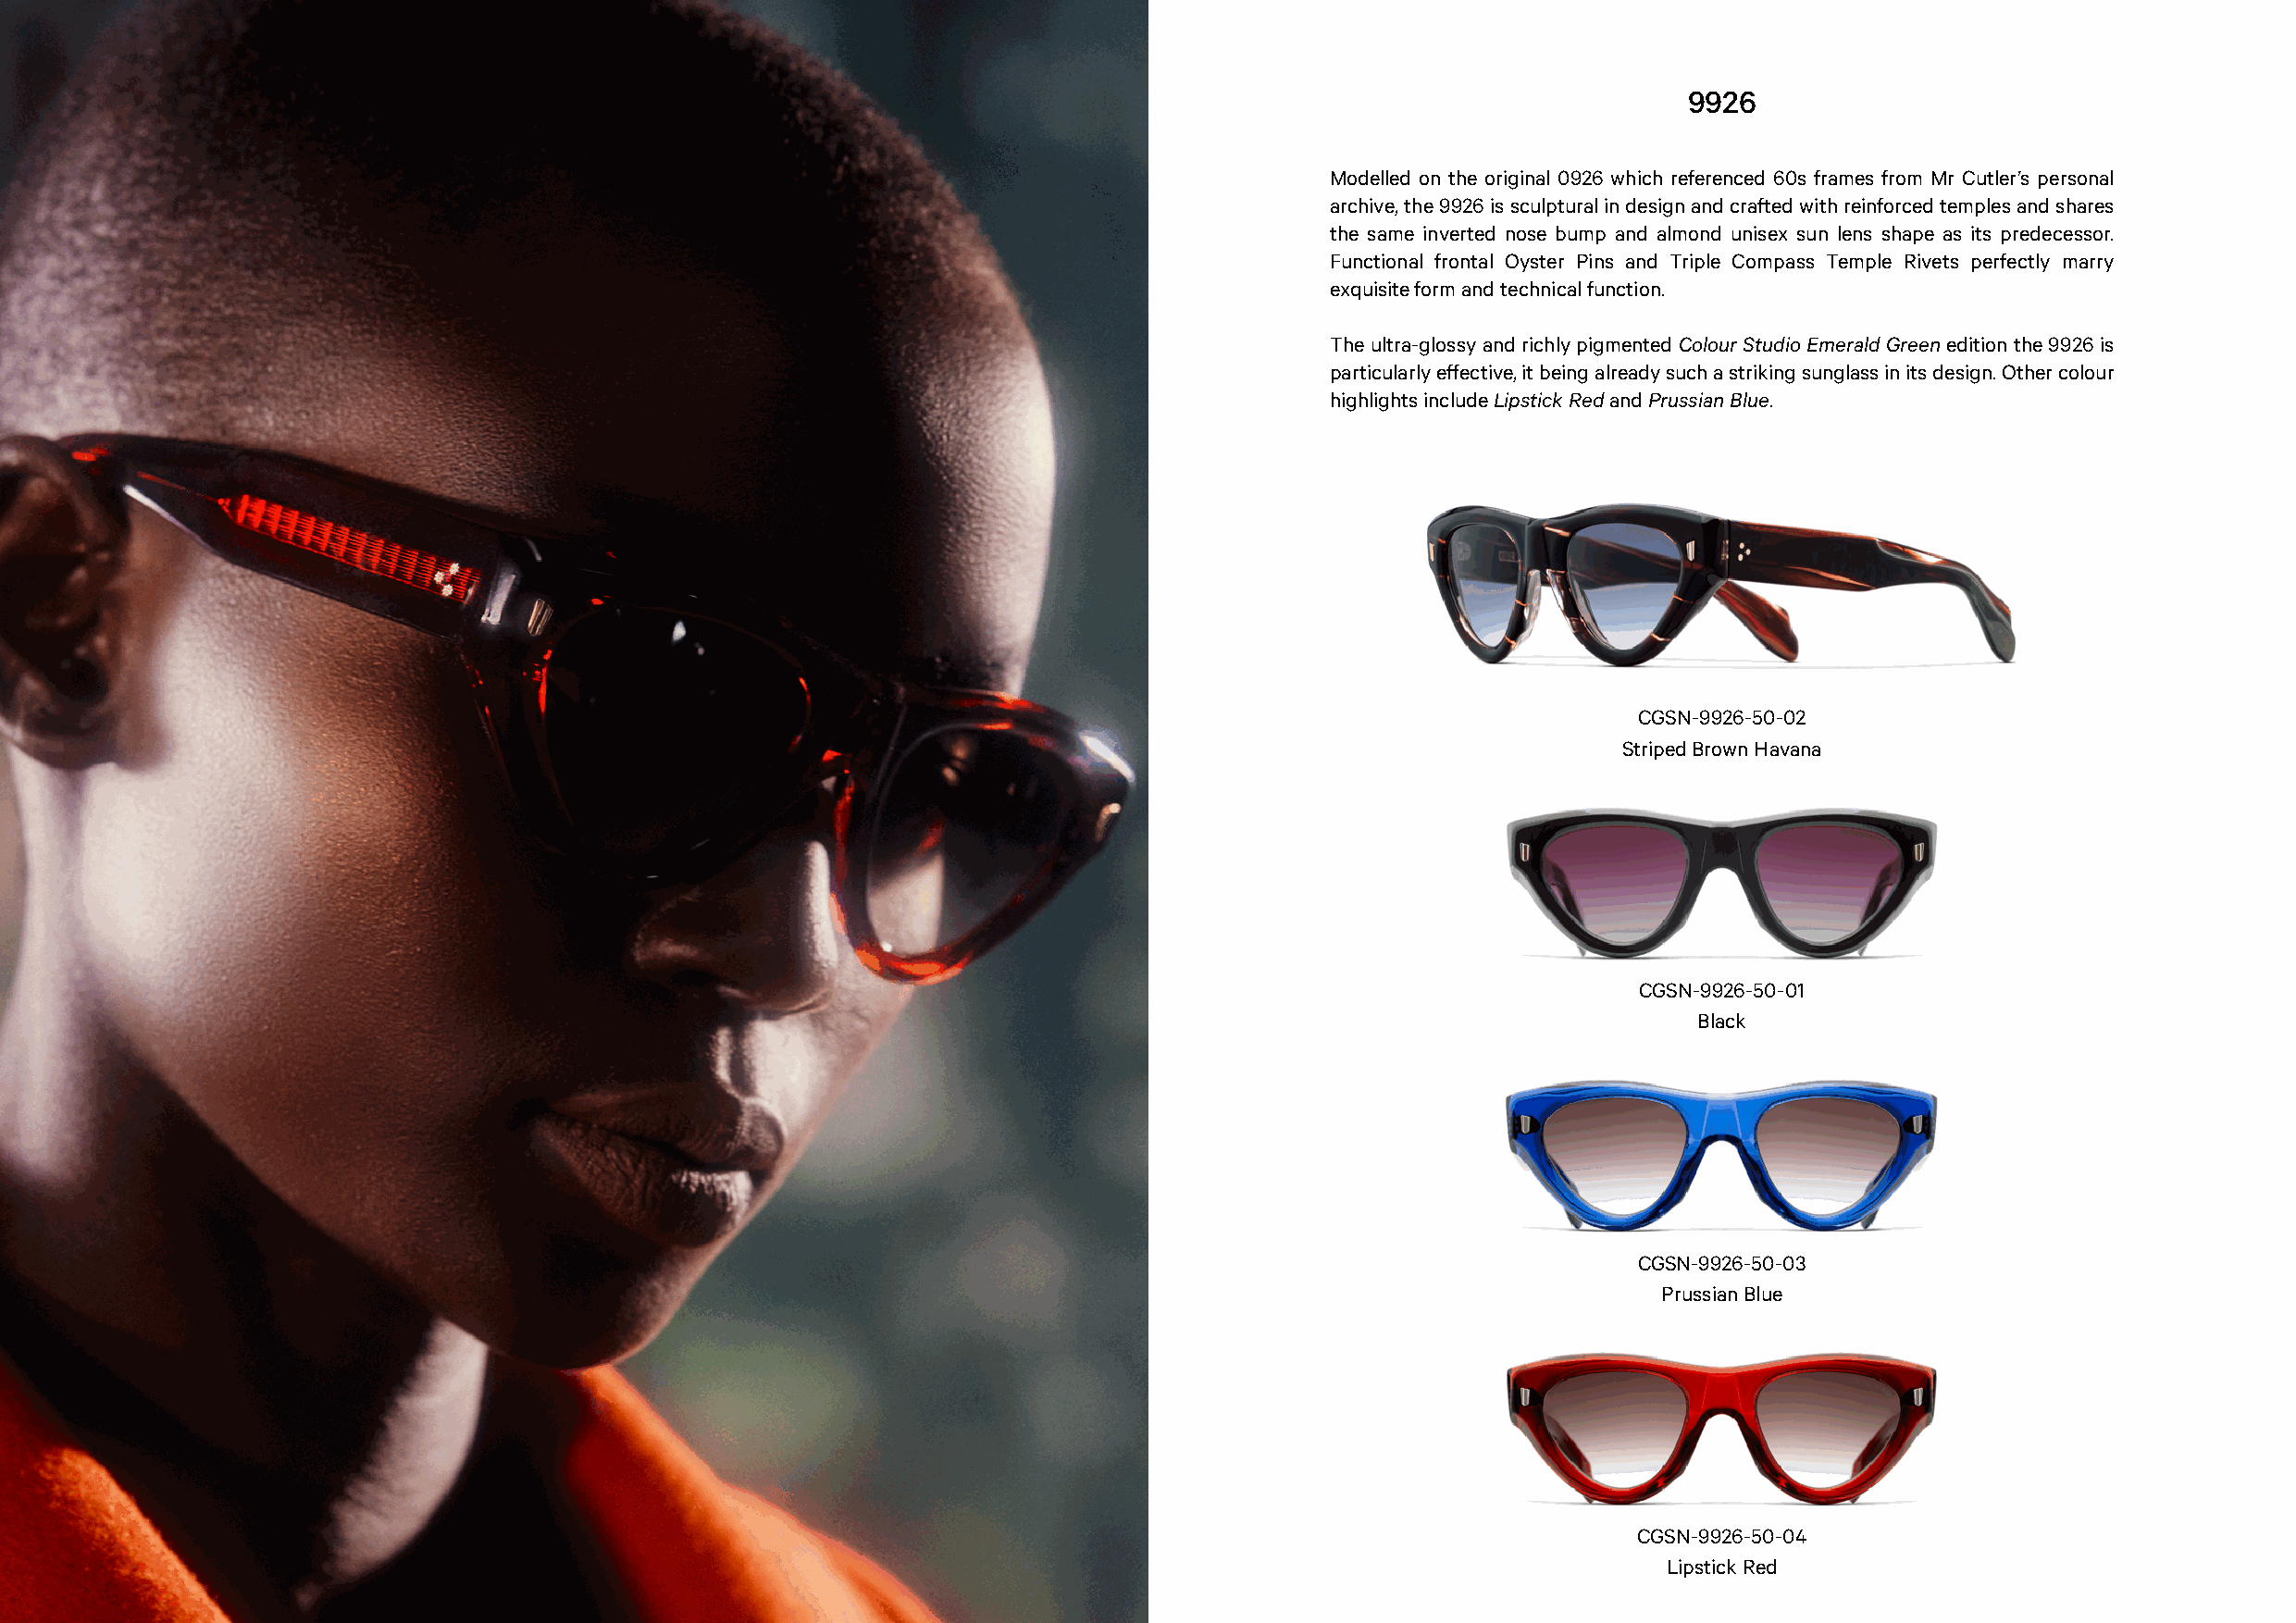
9926
 Modelled on the original 0926 which referenced 60s frames from Mr Cutler’s personal
 archive, the 9926 is sculptural in design and crafted with reinforced temples and shares
 the same inverted nose bump and almond unisex sun lens shape as its predecessor.
 Functional frontal Oyster Pins and Triple Compass Temple Rivets perfectly marry
 exquisite form and technical function.
 The ultra-glossy and richly pigmented Colour Studio Emerald Green edition the 9926 is
 particularly effective, it being already such a striking sunglass in its design. Other colour
 highlights include Lipstick Red and Prussian Blue.
 CGSN-9926-50-02
 Striped Brown Havana
 CGSN-9926-50-01
 Black
 CGSN-9926-50-03
 Prussian Blue
 CGSN-9926-50-04
 Lipstick Red